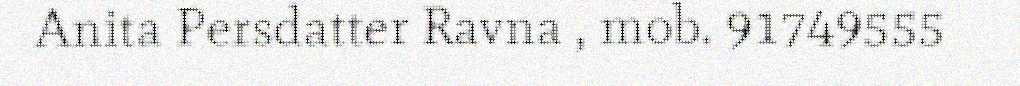
Anita Persdatter Ravna , mob. 91749555